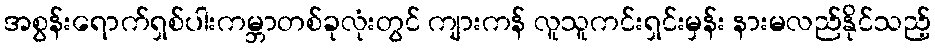
အစွန်းရောက်ရှစ်ပါးကမ္ဘာတစ်ခုလုံးတွင် ကျားကန် လူသူကင်းရှင်းမှန်း နားမလည်နိုင်သည့်